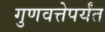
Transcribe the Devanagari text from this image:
गुणवत्तेपर्यंत